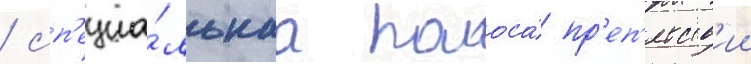
/ сп'ециа́льнаа полоса́ пр'еп'ятств'ии